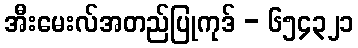
အီးမေးလ်အတည်ပြုကုဒ် - ၆၅၄၃၂၁